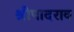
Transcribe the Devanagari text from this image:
श्रीपादराव